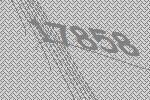
17858